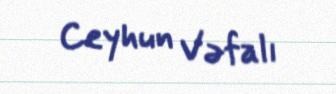
Ceyhun Vəfalı